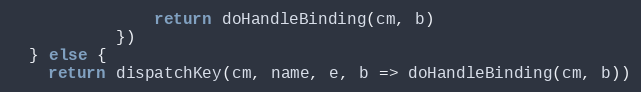
Language: JavaScript
               return doHandleBinding(cm, b)
           })
  } else {
    return dispatchKey(cm, name, e, b => doHandleBinding(cm, b))